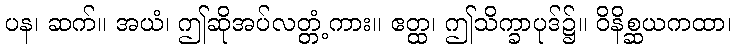
ပန၊ ဆက်။ အယံ၊ ဤဆိုအပ်လတ္တံ့ကား။ ဧတ္ထ၊ ဤသိက္ခာပုဒ်၌။ ဝိနိစ္ဆယကထာ၊